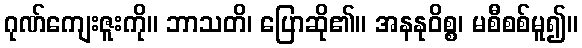
ဂုဏ်ကျေးဇူးကို။ ဘာသတိ၊ ပြောဆို၏။ အနနုဝိစ္စ၊ မစီစစ်မူ၍။